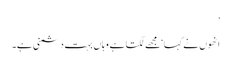
’
انھوں نے کہا ‘مجھے لگتا ہے وہاں بہت دشمنی ہے۔